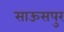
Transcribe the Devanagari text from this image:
साऊसपुर